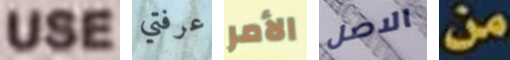
USE عرفتي الأمر الاصل من